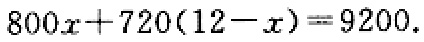
$800x + 720(12 - x) = 9200.$